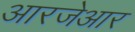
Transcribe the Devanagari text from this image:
आरजेआर